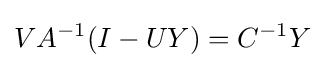
VA^{-1}(I-UY)=C^{-1}Y